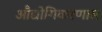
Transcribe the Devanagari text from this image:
औद्योगिकरणास